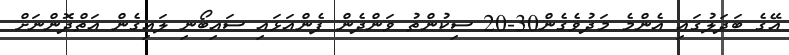
އޭގެ ބަދަލުގައި އެންމެ މަދުވެގެން30-20 ސިކުންތު ވަންދެން ފެންއަޅައި ސައިބޯނި ލައިގެން އަތްދޮންނަށް